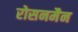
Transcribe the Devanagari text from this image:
रोसनमैन